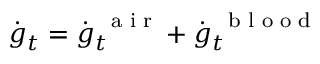
\dot { \boldsymbol g } _ { t } = \dot { \boldsymbol g } _ { t } ^ { \mathrm { ~ \scriptsize ~ a ~ i ~ r ~ } } + \dot { \boldsymbol g } _ { t } ^ { \mathrm { ~ \scriptsize ~ b ~ l ~ o ~ o ~ d ~ } }